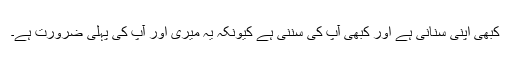
کبھی اپنی سنانی ہے اور کبھی آپ کی سننی ہے کیونکہ یہ میری اور آپ کی پہلی ضرورت ہے۔